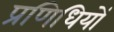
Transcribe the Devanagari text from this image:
प्रणिधियों